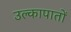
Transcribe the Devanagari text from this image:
उल्कापातों